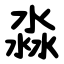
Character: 淼